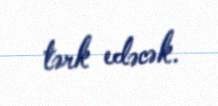
tərk edəcək.